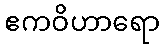
ဧကဝိဟာရော